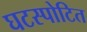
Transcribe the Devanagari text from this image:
घटस्पोटित